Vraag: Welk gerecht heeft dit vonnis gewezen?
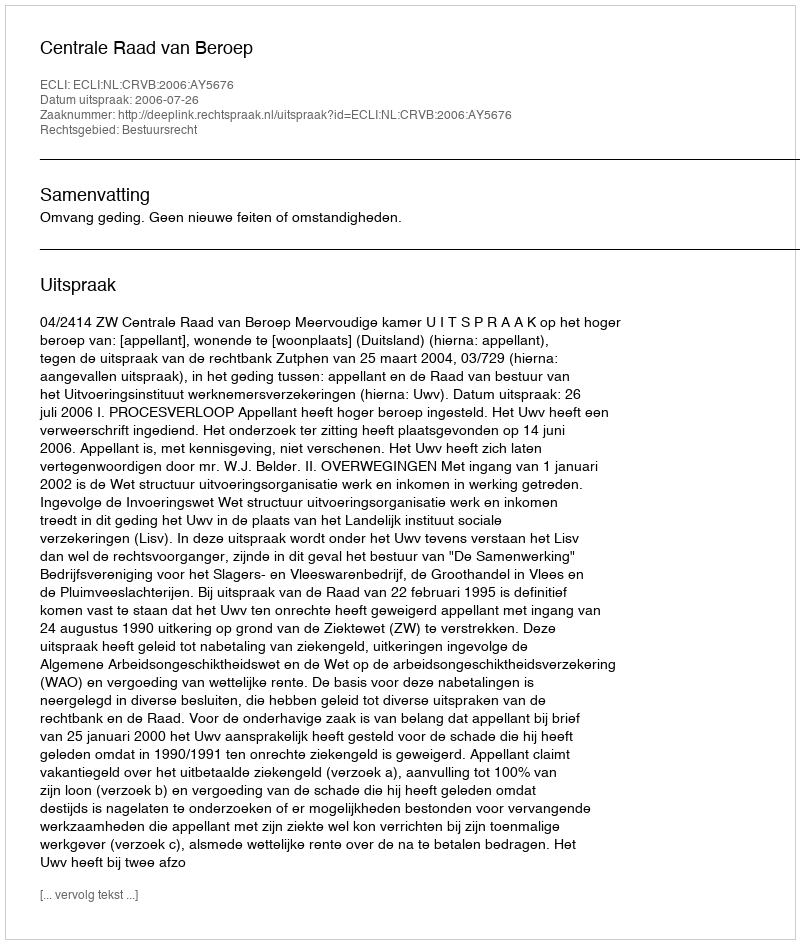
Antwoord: Centrale Raad van Beroep